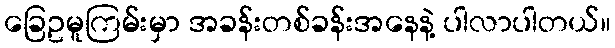
ခြေဥမူကြမ်းမှာ အခန်းတစ်ခန်းအနေနဲ့ ပါလာပါတယ်။